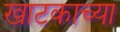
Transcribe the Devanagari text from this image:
खाटकाच्या